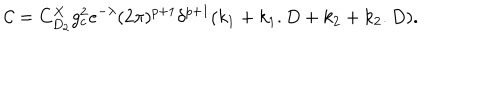
{ \mathcal { C } } = C _ { D _ { 2 } } ^ { X } g _ { c } ^ { 2 } e ^ { - \lambda } ( 2 \pi ) ^ { p + 1 } \delta ^ { p + 1 } ( k _ { 1 } + k _ { 1 } . D + k _ { 2 } + k _ { 2 } . D ) .